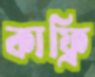
কাফ্রি